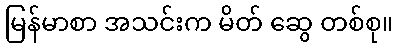
မြန်မာစာ အသင်းက မိတ် ဆွေ တစ်စု။